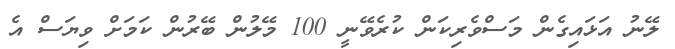
ލޭނު އަޅައިގެން މަސްވެރިކަން ކުރެވޭނީ 100 މޭލުން ބޭރުން ކަމަށް ވިޔަސް އެ